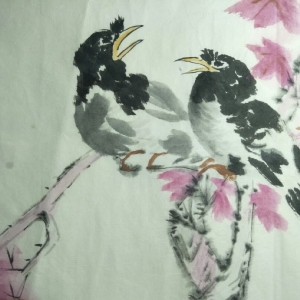
何处相逢，登宝钗楼，访铜雀台。